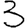
Digit: 3